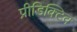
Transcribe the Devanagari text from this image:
प्रीडिक्टिव